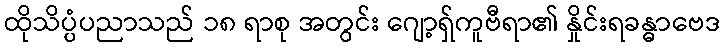
ထိုသိပ္ပံပညာသည် ၁၈ ရာစု အတွင်း ဂျော့ရှ်ကူဗီရာ၏ နှိုင်းရခန္ဓာဗေဒ